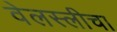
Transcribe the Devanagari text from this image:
वेलस्लीचा